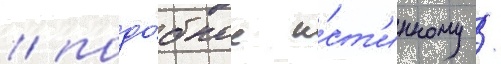
/ подо́бное и́ст'инному /